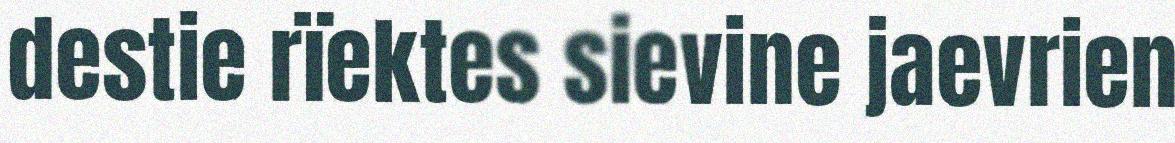
destie rïektes sievine jaevrien